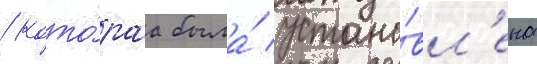
/ кото́раа была́ устано́вл'ена